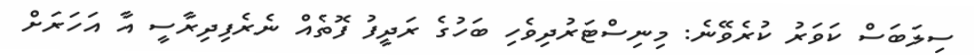
ސިލަބަސް ކަވަރު ކުރެވޭނެ: މިނިސްޓަރުދިވެހި ބަހުގެ ރަދީފު ފޮތެއް ނެރެފިދިރާސީ އާ އަހަރަށް